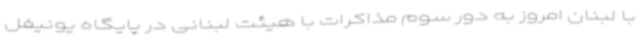
با لبنان امروز به دور سوم مذاکرات با هیئت لبنانی در پایگاه یونیفل